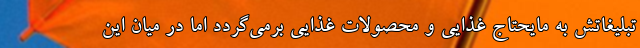
تبلیغاتش به مایحتاج غذایی و محصولات غذایی برمی‌گردد اما در میان این